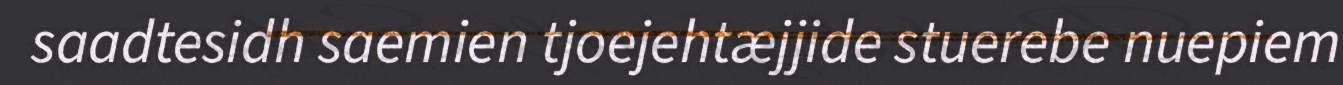
saadtesidh saemien tjoejehtæjjide stuerebe nuepiem